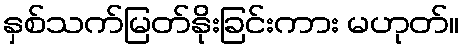
နှစ်သက်မြတ်နိုးခြင်းကား မဟုတ်။